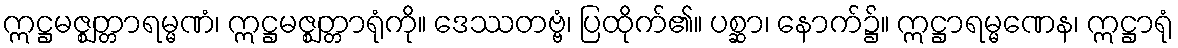
ဣဋ္ဌမဇ္ဈတ္တာရမ္မဏံ၊ ဣဋ္ဌမဇ္ဈတ္တာရုံကို။ ဒေဿတဗ္ဗံ၊ ပြထိုက်၏။ ပစ္ဆာ၊ နောက်၌။ ဣဋ္ဌာရမ္မဏေန၊ ဣဋ္ဌာရုံ